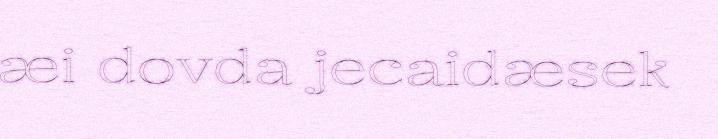
æi dovda jecaidæsek